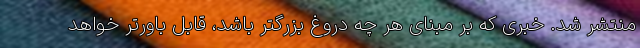
منتشر شد. خبری که بر مبنای هر چه دروغ بزرگتر باشد، قابل باورتر خواهد